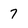
Character: 7